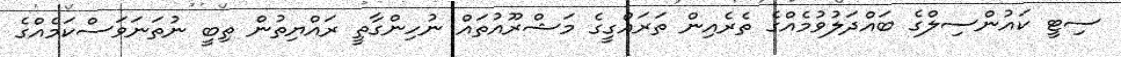
ސިޓީ ކައުންސިލްގެ ބައްދަލުވުމެއްގެ ތެރެއިން ތަރައްގީގެ މަޝްރޫއުތައް ނުހިންގާތީ ރައްޔިތުން ތިބީ ނުތަނަވަސްކަމެއްގެ